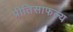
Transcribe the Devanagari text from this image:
प्रीतिसाफल्य